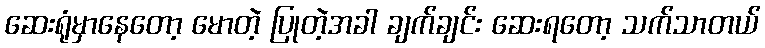
ဆေးရုံမှာနေတော့ မောတဲ့ ပြုတဲ့အခါ ချက်ချင်း ဆေးရတော့ သက်သာတယ်